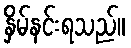
နှိမ်နင်းရသည်။